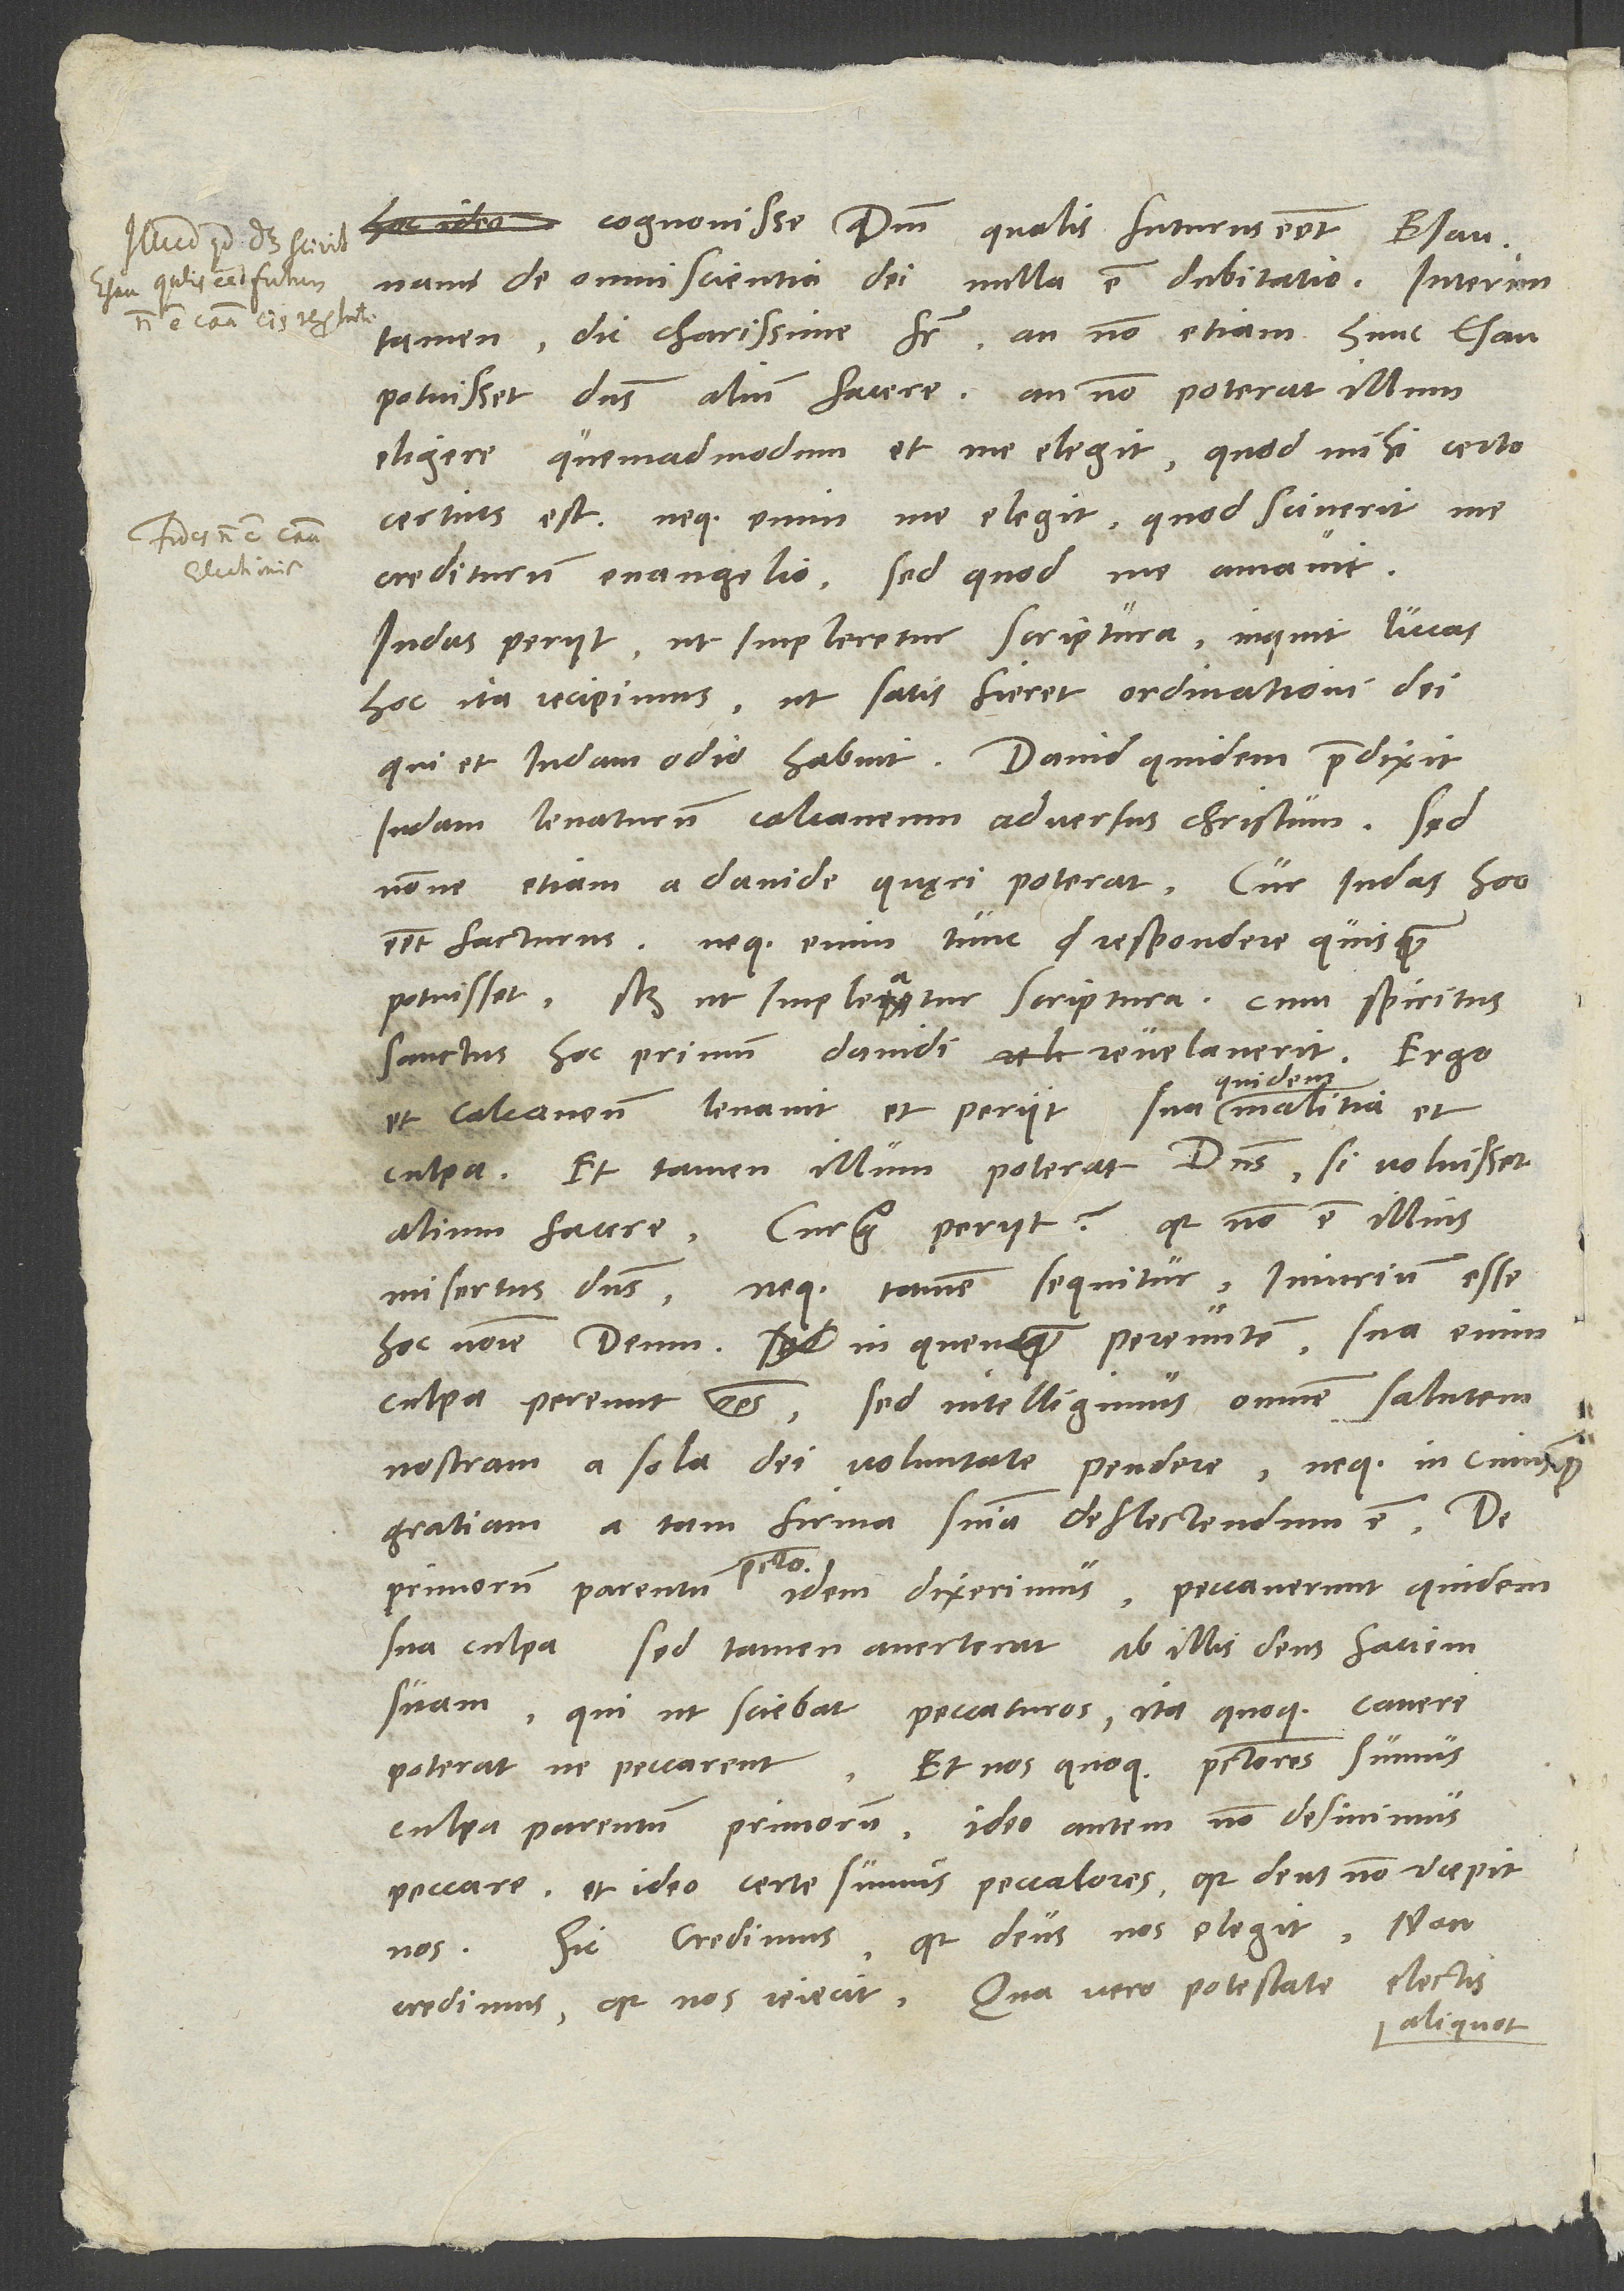
aliquot